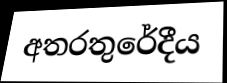
අතරතුරේදීය